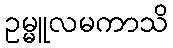
ဥမ္မူလမကာသိ